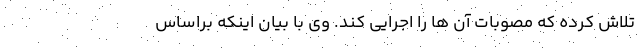
تلاش کرده که مصوبات آن ها را اجرایی کند. وی با بیان اینکه براساس